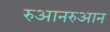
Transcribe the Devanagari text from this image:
रुआनरुआन